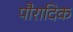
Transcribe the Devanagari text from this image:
पौरादिक